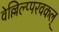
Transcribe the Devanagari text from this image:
वेल्लिल्प्परवकल्